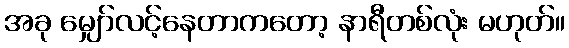
အခု မျှော်လင့်နေတာကတော့ နာရီတစ်လုံး မဟုတ်။